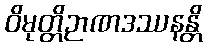
ဝိမုတ္တိဉာဏဒဿနန္တိ